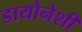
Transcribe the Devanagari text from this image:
डायोनेशी